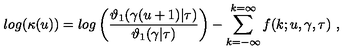
l o g ( \kappa ( u ) ) = l o g \left( { \frac { \vartheta _ { 1 } ( \gamma ( u + 1 ) | \tau ) } { \vartheta _ { 1 } ( \gamma | \tau ) } } \right) - \sum _ { k = - \infty } ^ { k = \infty } f ( k ; u , \gamma , \tau ) \ ,